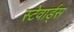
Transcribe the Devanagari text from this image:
स्टेवार्ड्स